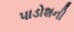
પાડોશની